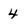
Character: 4